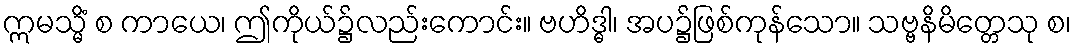
ဣမသ္မိံ စ ကာယေ၊ ဤကိုယ်၌လည်းကောင်း။ ဗဟိဒ္ဓါ၊ အပ၌ဖြစ်ကုန်သော။ သဗ္ဗနိမိတ္တေသု စ၊